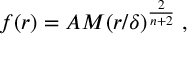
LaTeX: f ( r ) = A M ( r / \delta ) ^ { \frac { 2 } { n + 2 } } \; ,